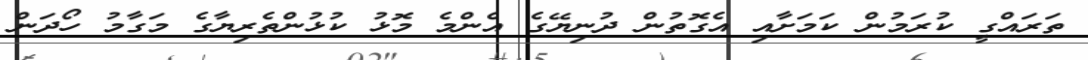
ތަރައްގީ ކުރަމުން ކަމަށާއި އެގޮތުން ދުނިޔޭގެ އެންމެ މޮޅު ކުޅުންތެރިޔާގެ މަގާމު ހޯދަން